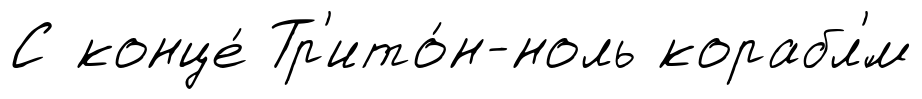
С конце́ Тр'ито́н-ноль корабл'́м